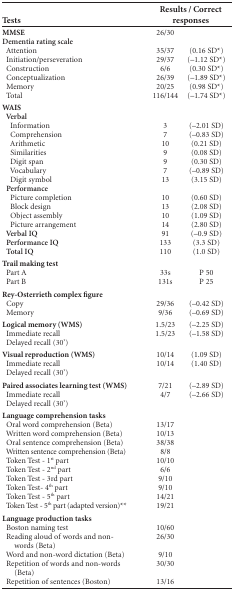
<table><thead><tr><td><b> </b></td><td colspan="2"><b>Results / Correct</b></td></tr><tr><td><b>Tests</b></td><td colspan="2"><b>responses</b></td></tr></thead><tbody><tr><td><b>MMSE</b></td><td>26/30</td><td> </td></tr><tr><td><b>Dementia rating scale</b></td><td colspan="2"> </td></tr><tr><td>Attention</td><td>35/37</td><td>(0.16 SD*)</td></tr><tr><td>Initiation/perseveration</td><td>29/37</td><td>(-1.12 SD*)</td></tr><tr><td>Construction</td><td>6/6</td><td>(0.30 SD*)</td></tr><tr><td>Conceptualization</td><td>26/39</td><td>(-1.89 SD*)</td></tr><tr><td>Memory</td><td>20/25</td><td>(0.98 SD*)</td></tr><tr><td>Total</td><td>116/144</td><td>(-1.74 SD*)</td></tr><tr><td><b>WAIS</b></td><td> </td><td> </td></tr><tr><td><b>Verbal</b></td><td> </td><td> </td></tr><tr><td>Information</td><td>3</td><td>(-2.01 SD)</td></tr><tr><td>Comprehension</td><td>7</td><td>(-0.83 SD)</td></tr><tr><td>Arithmetic</td><td>10</td><td>(0.21 SD)</td></tr><tr><td>Similarities</td><td>9</td><td>(0.08 SD)</td></tr><tr><td>Digit span</td><td>9</td><td>(0.30 SD)</td></tr><tr><td>Vocabulary</td><td>7</td><td>(-0.89 SD)</td></tr><tr><td>Digit symbol</td><td>13</td><td>(3.15 SD)</td></tr><tr><td><b> Performance</b></td><td> </td><td> </td></tr><tr><td>Picturecompletion</td><td>10</td><td>(0.60 SD)</td></tr><tr><td>Block design</td><td>13</td><td>(2.08 SD)</td></tr><tr><td>Objectassembly</td><td>10</td><td>(1.09 SD)</td></tr><tr><td>Picturearrangement</td><td>14</td><td>(2.80 SD)</td></tr><tr><td><b> Verbal IQ</b></td><td>91</td><td>(-0.9 SD)</td></tr><tr><td><b> Performance IQ</b></td><td>133</td><td>(3.3 SD)</td></tr><tr><td><b> Total IQ</b></td><td>110</td><td>(1.0 SD)</td></tr><tr><td><b>Trail making test</b></td><td> </td><td> </td></tr><tr><td>Part A</td><td>33s</td><td>P 50</td></tr><tr><td>Part B</td><td>131s</td><td>P 25</td></tr><tr><td><b>Rey-Osterrieth complex figure</b></td><td> </td><td> </td></tr><tr><td>Copy</td><td>29/36</td><td>(-0.42 SD)</td></tr><tr><td>Memory</td><td>9/36</td><td>(-0.69 SD)</td></tr><tr><td><b>Logical memory (WMS)</b></td><td>1.5/23</td><td>(-2.25 SD)</td></tr><tr><td>Immediaterecall</td><td>1.5/23</td><td>(-1.58 SD)</td></tr><tr><td>Delayed recall(30&#x27;)</td><td> </td><td> </td></tr><tr><td><b>Visual reproduction (WMS)</b></td><td>10/14</td><td>(1.09 SD)</td></tr><tr><td>Immediaterecall</td><td>10/14</td><td>(1.40 SD)</td></tr><tr><td>Delayed recall(30&#x27;)</td><td> </td><td> </td></tr><tr><td><b>Paired associates learning test(WMS)</b></td><td>7/21</td><td>(-2.89 SD)</td></tr><tr><td>Immediaterecall</td><td>4/7</td><td>(-2.66 SD)</td></tr><tr><td>Delayed recall(30&#x27;)</td><td> </td><td> </td></tr><tr><td><b>Language comprehension tasks</b></td><td> </td><td> </td></tr><tr><td>Oral word comprehension (Beta)</td><td>13/17</td><td> </td></tr><tr><td>Written word comprehension (Beta)</td><td>10/13</td><td> </td></tr><tr><td>Oral sentence comprehension (Beta)</td><td>38/38</td><td> </td></tr><tr><td>Written sentence comprehension (Beta)</td><td>8/8</td><td> </td></tr><tr><td>Token Test - 1<sup>st</sup> part</td><td>10/10</td><td> </td></tr><tr><td>Token Test - 2<sup>nd</sup> part</td><td>6/6</td><td> </td></tr><tr><td>Token Test - 3<sup>rd</sup> part</td><td>9/10</td><td> </td></tr><tr><td>Token Test- 4<sup>th</sup> part</td><td>9/10</td><td> </td></tr><tr><td>Token Test - 5<sup>th</sup> part</td><td>14/21</td><td> </td></tr><tr><td>Token Test - 5<sup>th</sup> part (adaptedversion)**</td><td>19/21</td><td> </td></tr><tr><td><b>Language production tasks</b></td><td> </td><td> </td></tr><tr><td>Boston naming test</td><td>10/60</td><td> </td></tr><tr><td>Reading aloud of words and non-</td><td>26/30</td><td> </td></tr><tr><td>words (Beta)</td><td> </td><td> </td></tr><tr><td>Word and non-word dictation (Beta)</td><td>9/10</td><td> </td></tr><tr><td>Repetition of words and non-words</td><td>30/30</td><td> </td></tr><tr><td>(Beta)</td><td> </td><td> </td></tr><tr><td>Repetition of sentences (Boston)</td><td>13/16</td><td> </td></tr></tbody></table>